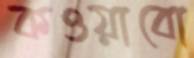
কওয়াবো